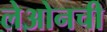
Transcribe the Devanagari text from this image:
लेओनची